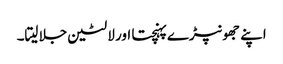
اپنے جھونپڑے پہنچتا اور لالٹین جلا لیتا۔